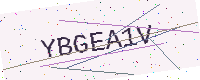
Text: YBGEA1V